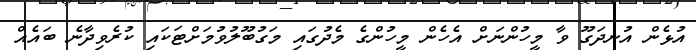
އުޅެން އުނދަގޫ ވާ މީހުންނަށް އެހެން މީހުންގެ މެދުގައި މަގުބޫލުވުމަށްޓަކައި ކުރެވިދާނެ ބައެއް